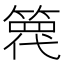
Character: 𥱢